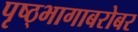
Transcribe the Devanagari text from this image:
पृष्ठ्भागाबरोबर